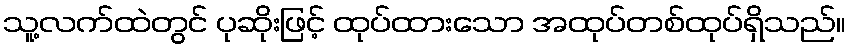
သူ့လက်ထဲတွင် ပုဆိုးဖြင့် ထုပ်ထားသော အထုပ်တစ်ထုပ်ရှိသည်။